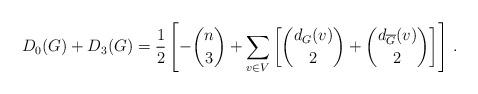
LaTeX: \begin{align*}D_0(G) + D_3(G) = \frac{1}{2}\left[-\binom{n}{3}+\sum_{v \in V} \left[\binom{d_{G} (v)}{2}+ \binom{d_{\overline{G}}(v)}{2}\right]\right] \,.\end{align*}